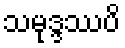
သမုဒ္ဒဿပိ